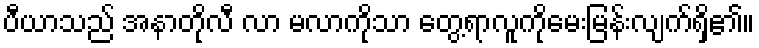
ပီယာသည် အနာတိုလီ လာ မလာကိုသာ တွေ့ရာလူကိုမေးမြန်းလျက်ရှိ၏။